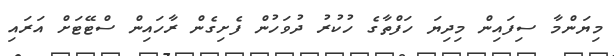
މިޔަންމާ ސިފައިން މިދިޔަ ހަފްތާގެ ހުކުރު ދުވަހުން ފެށިގެން ރާހައިން ސްޓޭޓަށް އަރައި